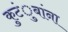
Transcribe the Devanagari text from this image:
कुटंुबांना